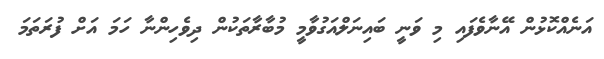
އަނެއްކޮޅުން އޭނާވެފައި މި ވަނީ ބައިނަލްއަގުވާމީ މުބާރާތަކުން ދިވެހިންނާ ހަމަ އަށް ފުރަތަމަ